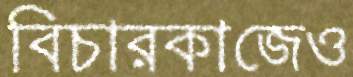
বিচারকাজেও